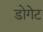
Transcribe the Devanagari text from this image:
डोगेट